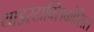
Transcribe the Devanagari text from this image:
थाइरटाक्सिकोसिस